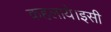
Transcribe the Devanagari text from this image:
कहलाये।इसी